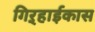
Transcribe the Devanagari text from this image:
गिऱ्हाईकास